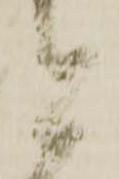
と